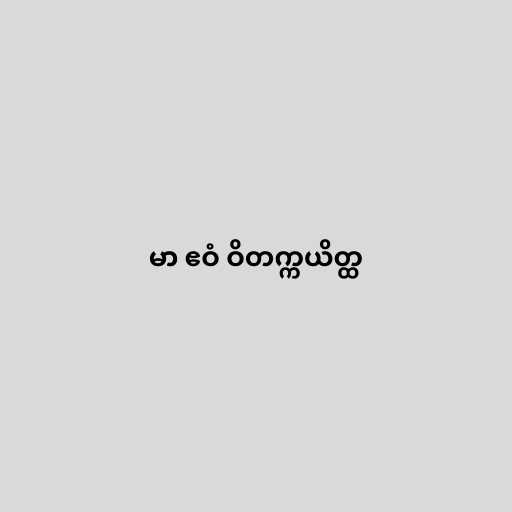
မာ ဧဝံ ဝိတက္ကယိတ္ထ